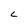
Character: L